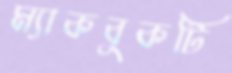
ম্যাকবুকটি